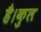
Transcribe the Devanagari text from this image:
है।कुल